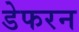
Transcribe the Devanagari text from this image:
डेफरन